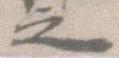
之